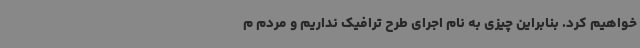
خواهیم کرد. بنابراین چیزی به نام اجرای طرح ترافیک نداریم و مردم م